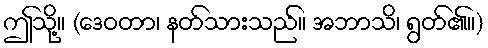
ဤသို့။ (ဒေဝတာ၊ နတ်သားသည်။ အဘာသိ၊ ရွတ်၏။)